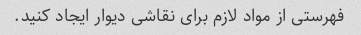
فهرستی از مواد لازم برای نقاشی دیوار ایجاد کنید.